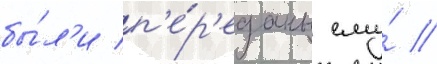
бы́л'и п'е́р'еданы ему́ //